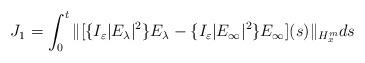
LaTeX: \begin{align*} \displaystyle J_1=\int_{0}^{t}\|[\{{I_{\varepsilon}}|E_{\lambda}|^{2}\}E_{\lambda}-\{{I_{\varepsilon}}|E_{\infty}|^{2}\}E_{\infty}](s)\|_{H_{x}^{m}}ds\end{align*}